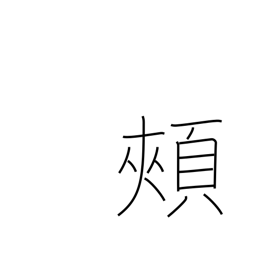
Meaning: jaw